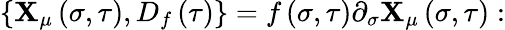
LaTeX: \left\{ \mathbf{X}_{\mu}\left(\sigma,\tau\right),D_{f}\left(\tau\right)\right\} =f\left(\sigma,\tau\right)\partial_{\sigma}\mathbf{X}_{\mu}\left(\sigma,\tau\right):